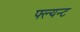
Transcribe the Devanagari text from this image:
फ्ल्यन्ट